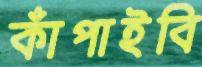
কাঁপাইবি